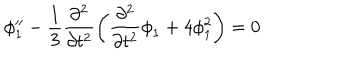
\phi _ { 1 } ^ { \prime \prime } - \frac { 1 } { 3 } \frac { \partial ^ { 2 } } { \partial t ^ { 2 } } \left( \frac { \partial ^ { 2 } } { \partial t ^ { 2 } } { \phi } _ { 1 } + 4 \phi _ { 1 } ^ { 2 } \right) = 0